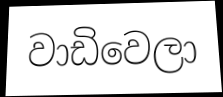
වාඩිවෙලා